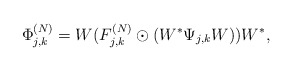
\begin{align*} \Phi_{j,k}^{(N)} = W ( F_{j,k}^{(N)} \odot ( W^* \Psi_{j,k} W ) ) W^*, \end{align*}